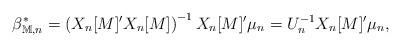
LaTeX: \begin{align*}\beta_{\mathbb{M}, n}^{*} = \left(X_n[M]' X_n[M] \right)^{-1} X_n[M]'\mu_n = U_n^{-1} X_n[M]'\mu_n,\end{align*}